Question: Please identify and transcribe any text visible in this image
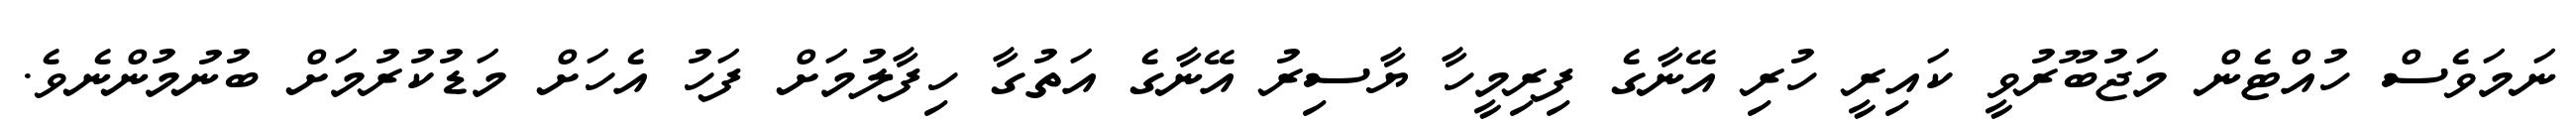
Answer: ނަމަވެސް ހުއްޓެން މަޖުބޫރުވީ ކައިރީ ހުރި އޭނާގެ ފިރިމީހާ ޔާސިރު އޭނާގެ އަތުގާ ހިފާލުމަށް ފަހު އެހަށް މަޑުކުރުމަށް ބުނުމުންނެވެ.